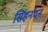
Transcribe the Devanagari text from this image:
सिंहनंदन